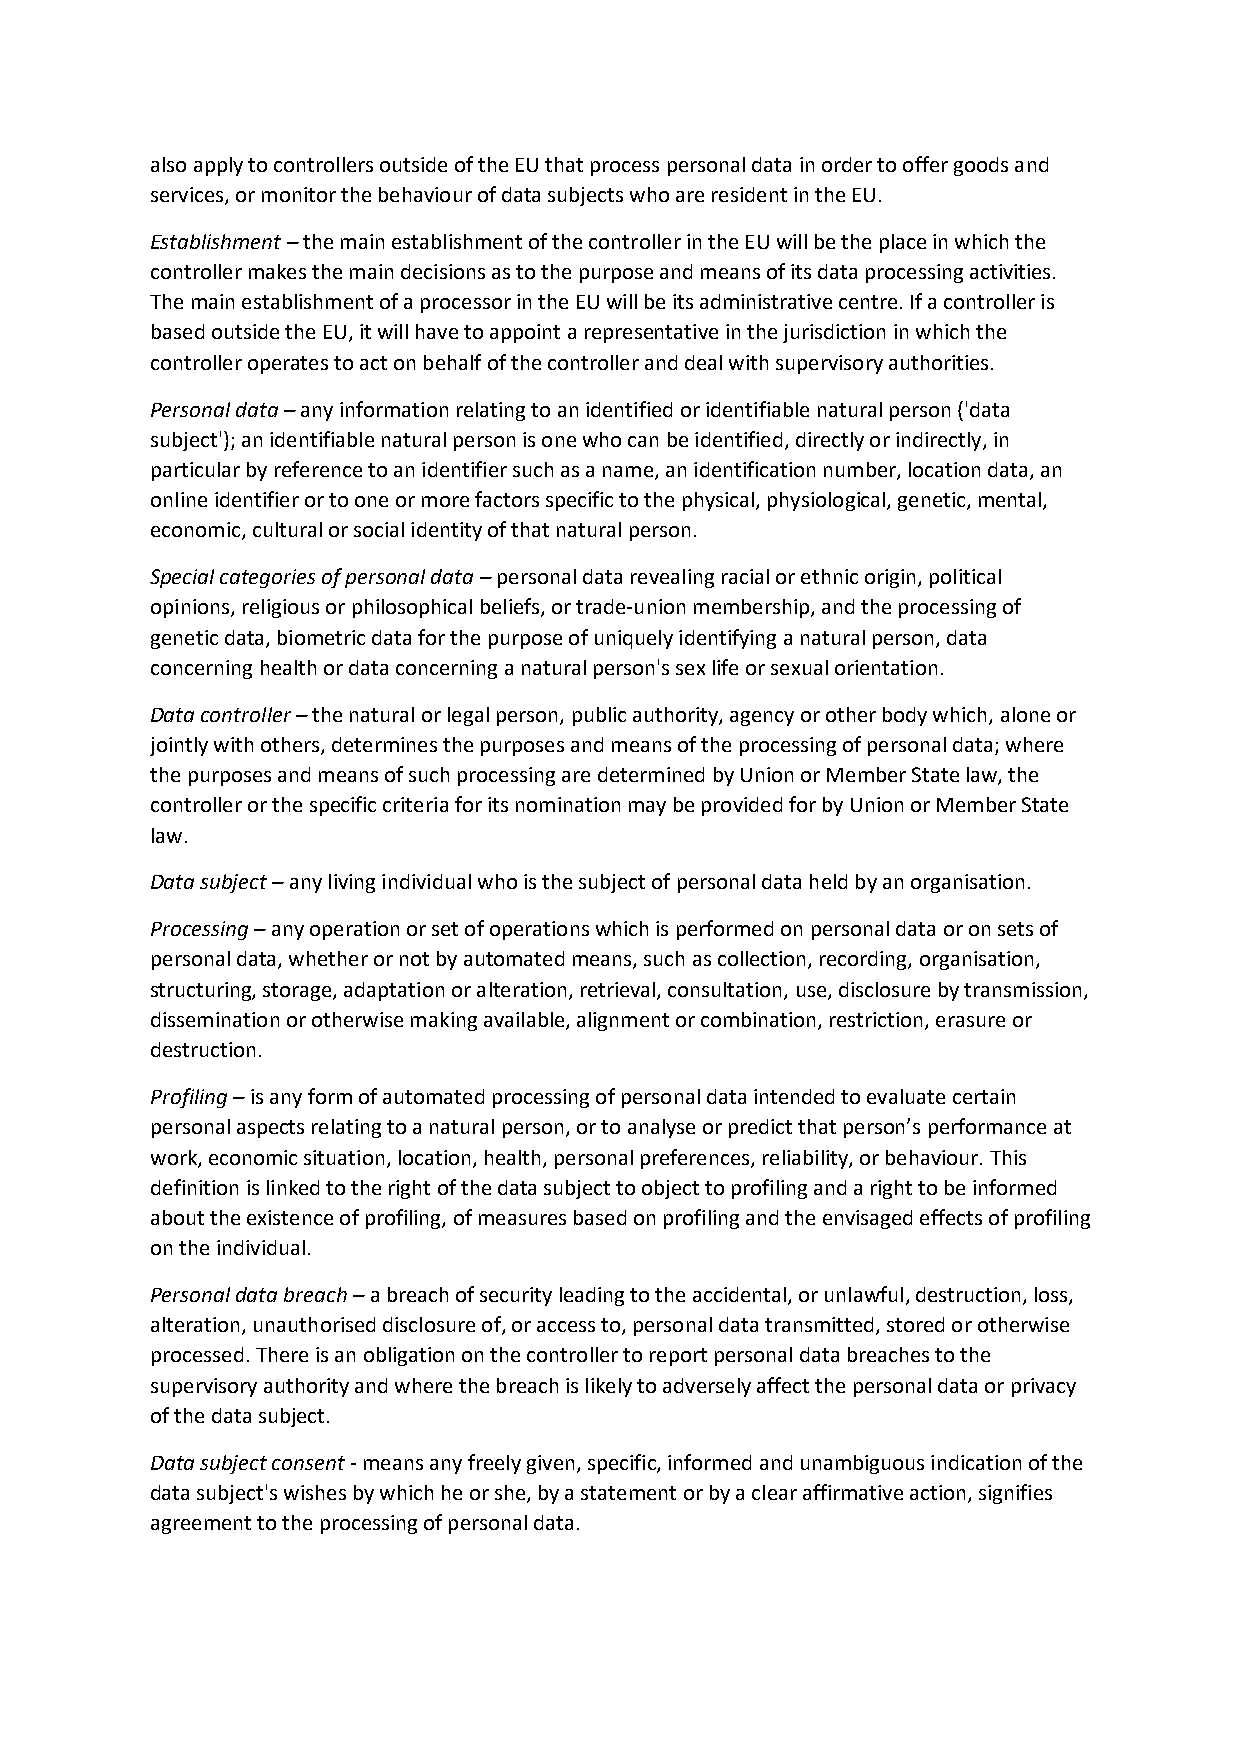
also apply to controllers outside of the EU that process personal data in order to offer goods and
 services, or monitor the behaviour of data subjects who are resident in the EU.
 Establishment – the main establishment of the controller in the EU will be the place in which the
 controller makes the main decisions as to the purpose and means of its data processing activities.
 The main establishment of a processor in the EU will be its administrative centre. If a controller is
 based outside the EU, it will have to appoint a representative in the jurisdiction in which the
 controller operates to act on behalf of the controller and deal with supervisory authorities.
 Personal data – any information relating to an identified or identifiable natural person ('data
 subject'); an identifiable natural person is one who can be identified, directly or indirectly, in
 particular by reference to an identifier such as a name, an identification number, location data, an
 online identifier or to one or more factors specific to the physical, physiological, genetic, mental,
 economic, cultural or social identity of that natural person.
 Special categories of personal data – personal data revealing racial or ethnic origin, political
 opinions, religious or philosophical beliefs, or trade-union membership, and the processing of
 genetic data, biometric data for the purpose of uniquely identifying a natural person, data
 concerning health or data concerning a natural person's sex life or sexual orientation.
 Data controller – the natural or legal person, public authority, agency or other body which, alone or
 jointly with others, determines the purposes and means of the processing of personal data; where
 the purposes and means of such processing are determined by Union or Member State law, the
 controller or the specific criteria for its nomination may be provided for by Union or Member State
 law.
 Data subject – any living individual who is the subject of personal data held by an organisation.
 Processing – any operation or set of operations which is performed on personal data or on sets of
 personal data, whether or not by automated means, such as collection, recording, organisation,
 structuring, storage, adaptation or alteration, retrieval, consultation, use, disclosure by transmission,
 dissemination or otherwise making available, alignment or combination, restriction, erasure or
 destruction.
 Profiling – is any form of automated processing of personal data intended to evaluate certain
 personal aspects relating to a natural person, or to analyse or predict that person’s performance at
 work, economic situation, location, health, personal preferences, reliability, or behaviour. This
 definition is linked to the right of the data subject to object to profiling and a right to be informed
 about the existence of profiling, of measures based on profiling and the envisaged effects of profiling
 on the individual.
 Personal data breach – a breach of security leading to the accidental, or unlawful, destruction, loss,
 alteration, unauthorised disclosure of, or access to, personal data transmitted, stored or otherwise
 processed. There is an obligation on the controller to report personal data breaches to the
 supervisory authority and where the breach is likely to adversely affect the personal data or privacy
 of the data subject.
 Data subject consent - means any freely given, specific, informed and unambiguous indication of the
 data subject's wishes by which he or she, by a statement or by a clear affirmative action, signifies
 agreement to the processing of personal data.